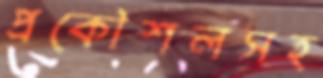
প্রকৌশলসহ